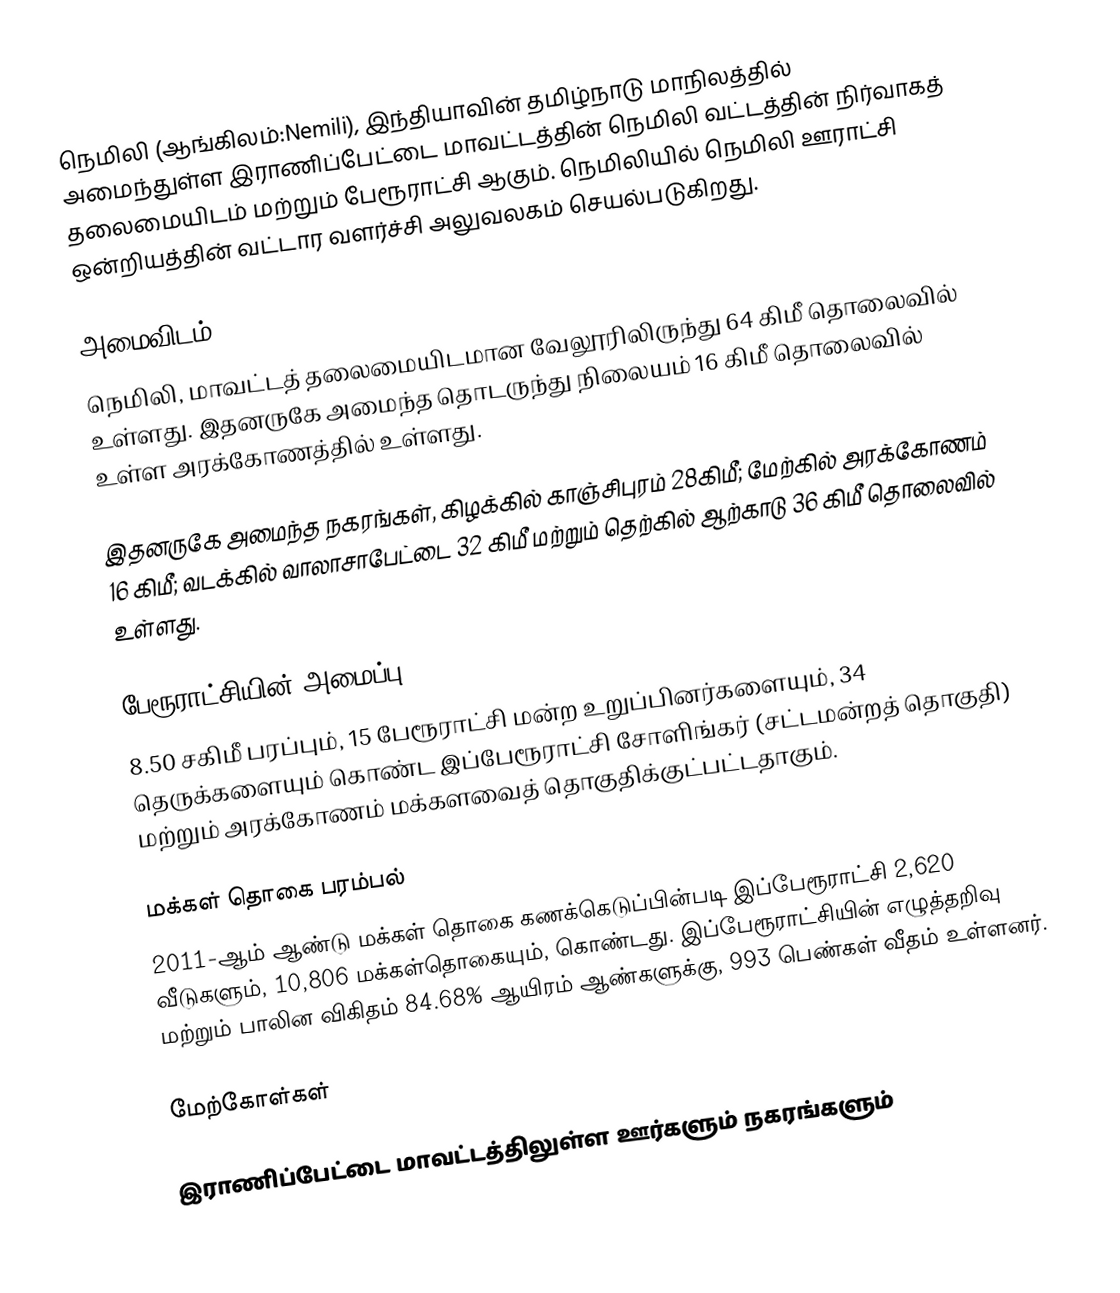
நெமிலி (ஆங்கிலம்:Nemili), இந்தியாவின் தமிழ்நாடு மாநிலத்தில் அமைந்துள்ள இராணிப்பேட்டை மாவட்டத்தின் நெமிலி வட்டத்தின் நிர்வாகத் தலைமையிடம் மற்றும் பேரூராட்சி ஆகும். நெமிலியில் நெமிலி ஊராட்சி ஒன்றியத்தின் வட்டார வளர்ச்சி அலுவலகம் செயல்படுகிறது.

அமைவிடம்
நெமிலி, மாவட்டத் தலைமையிடமான வேலூரிலிருந்து 64 கிமீ தொலைவில் உள்ளது. இதனருகே அமைந்த தொடருந்து நிலையம் 16 கிமீ தொலைவில் உள்ள அரக்கோணத்தில் உள்ளது.

இதனருகே அமைந்த நகரங்கள், கிழக்கில் காஞ்சிபுரம் 28கிமீ; மேற்கில் அரக்கோணம் 16 கிமீ; வடக்கில் வாலாசாபேட்டை 32 கிமீ மற்றும் தெற்கில் ஆற்காடு 36 கிமீ தொலைவில் உள்ளது.

பேரூராட்சியின் அமைப்பு
8.50 சகிமீ பரப்பும், 15  பேரூராட்சி மன்ற உறுப்பினர்களையும், 34 தெருக்களையும்  கொண்ட இப்பேரூராட்சி சோளிங்கர் (சட்டமன்றத் தொகுதி) மற்றும் அரக்கோணம் மக்களவைத் தொகுதிக்குட்பட்டதாகும்.

மக்கள் தொகை பரம்பல்
2011-ஆம் ஆண்டு மக்கள் தொகை கணக்கெடுப்பின்படி  இப்பேரூராட்சி 2,620 வீடுகளும், 10,806 மக்கள்தொகையும், கொண்டது. இப்பேரூராட்சியின் எழுத்தறிவு    மற்றும் பாலின விகிதம் 84.68% ஆயிரம் ஆண்களுக்கு, 993 பெண்கள் வீதம் உள்ளனர்.

மேற்கோள்கள்

இராணிப்பேட்டை மாவட்டத்திலுள்ள ஊர்களும் நகரங்களும்